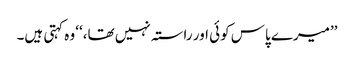
’’میرے پاس کوئی اور راستہ نہیں تھا،‘‘ وہ کہتی ہیں۔